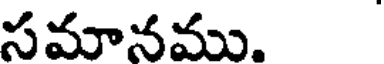
సమానము.